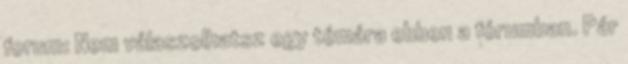
forum: Nem válaszolhatsz egy témára ebben a fórumban. Pár